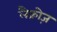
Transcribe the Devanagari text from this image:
लैक्रोज़